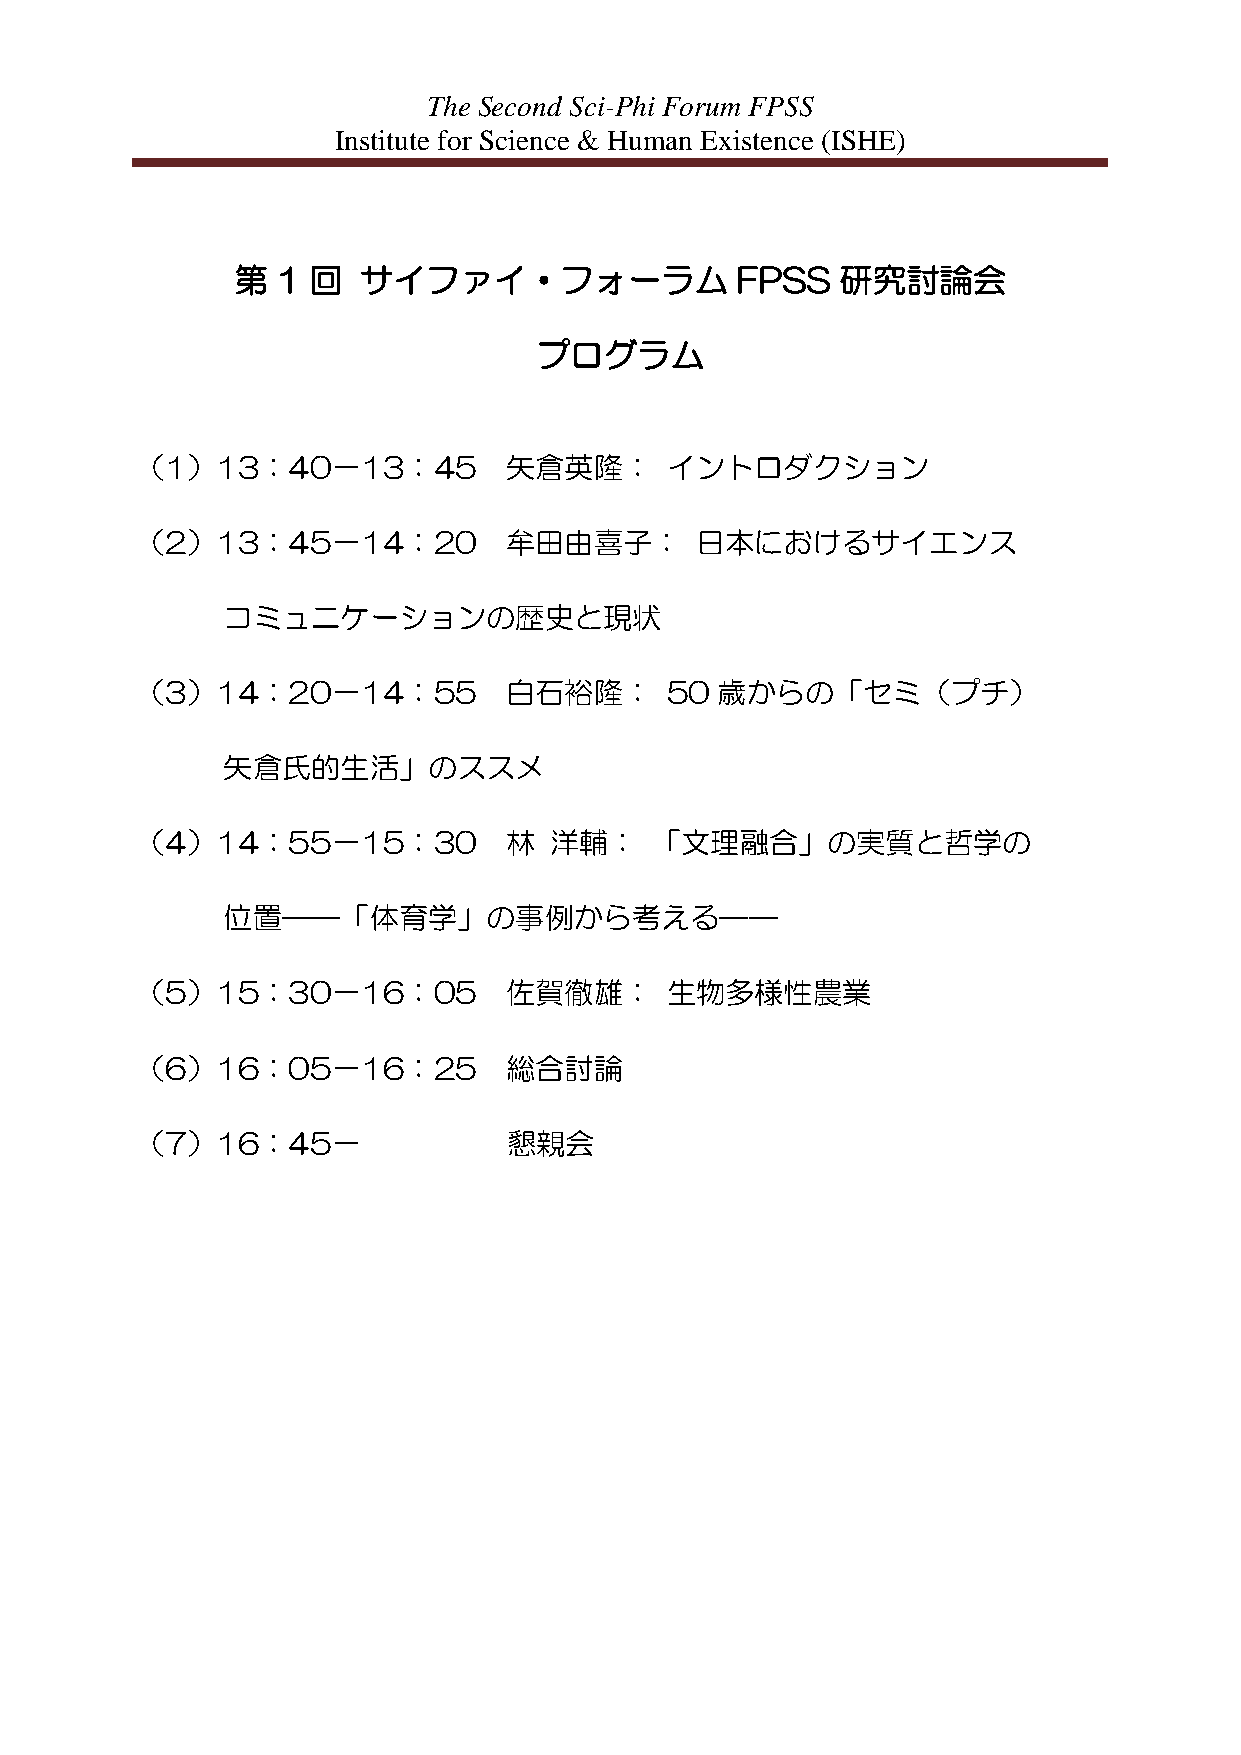
The Second Sci-Phi Forum FPSS
 Institute for Science & Human Existence (ISHE)
 第 1 回   サイファイ・フォーラム              FPSS   研究討論会
 プログラム
 （1）13：40－13：45          矢倉英隆：      イントロダクション
 （2）13：45－14：20          牟田由喜子：       日本におけるサイエンス
 コミュニケーションの歴史と現状
 （3）14：20－14：55          白石裕隆：      50 歳からの「セミ（プチ）
 矢倉氏的生活」のススメ
 （4）14：55－15：30          林  洋輔：    「文理融合」の実質と哲学の
 位置――「体育学」の事例から考える――
 （5）15：30－16：05          佐賀徹雄：      生物多様性農業
 （6）16：05－16：25          総合討論
 （7）16：45－                懇親会